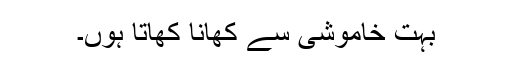
بہت خاموشی سے کھانا کھاتا ہوں۔